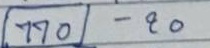
(770) - 20